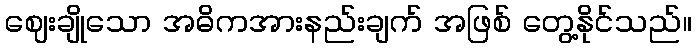
ဈေးချိုသော အဓိကအားနည်းချက် အဖြစ် တွေ့နိုင်သည်။